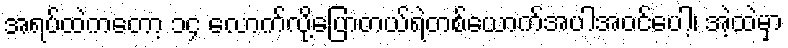
အရပ်ထဲကတော့ ၁၄ လောက်လို့ပြောတယ်ရဲတစ်ယောက်အပါအဝင်ပေါ့၊ အဲ့ထဲမှာ